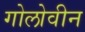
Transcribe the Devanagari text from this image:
गोलोवीन